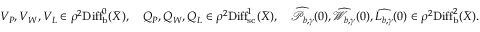
\begin{array} { r } { V _ { P } , V _ { W } , V _ { L } \in \rho ^ { 2 } \mathrm { D i f f } _ { \mathrm { b } } ^ { 0 } ( \bar { X } ) , \quad Q _ { P } , Q _ { W } , Q _ { L } \in \rho ^ { 2 } \mathrm { D i f f } _ { \mathrm { s c } } ^ { 1 } ( \bar { X } ) , \quad \widehat { \mathcal { P } _ { b , \gamma } } ( 0 ) , \widehat { \mathcal { W } _ { b , \gamma } } ( 0 ) , \widehat { L _ { b , \gamma } } ( 0 ) \in \rho ^ { 2 } \mathrm { D i f f } _ { \mathrm { b } } ^ { 2 } ( \bar { X } ) . } \end{array}